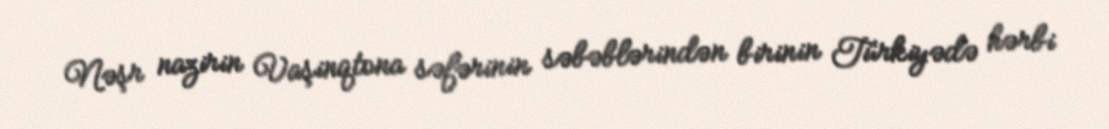
Nəşr nazirin Vaşinqtona səfərinin səbəblərindən birinin Türkiyədə hərbi